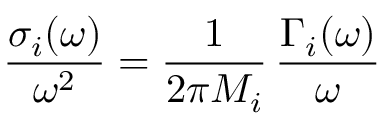
\frac { \sigma _ { i } ( \omega ) } { \omega ^ { 2 } } = \frac { 1 } { 2 \pi M _ { i } } \, \frac { \Gamma _ { i } ( \omega ) } { \omega }